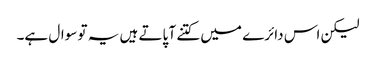
لیکن اس دائرے میں کتنے آ پاتے ہیں یہ تو سوال ہے۔